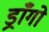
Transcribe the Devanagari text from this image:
ड्राँगो